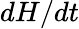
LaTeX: dH/dt